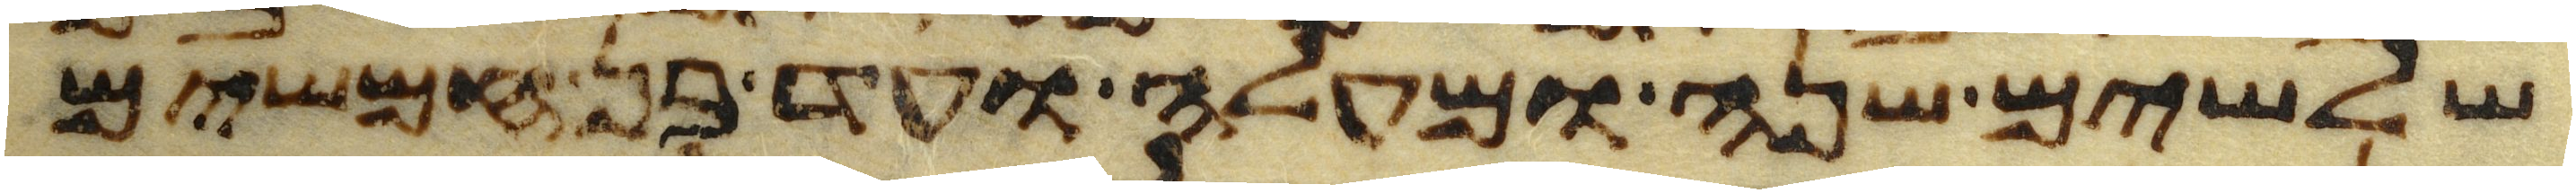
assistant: שלשים שנה ומעלה ועד בן חמשים